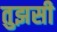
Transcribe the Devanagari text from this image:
तुझसी